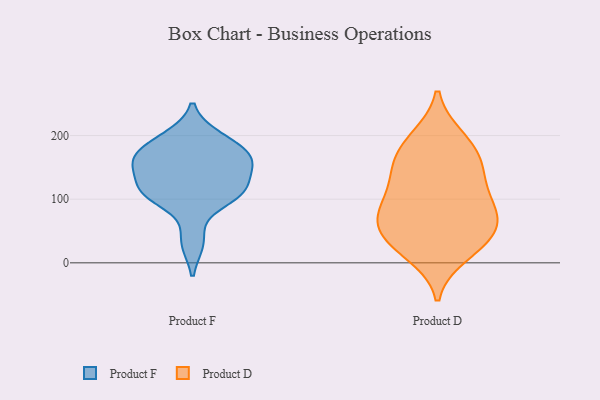
{"axis": {"x": "Backlog", "y": "Value"}, "legend": ["Product D", "Product F"], "data": [{"x": "", "y": 158, "type": "Product F"}, {"x": "", "y": 155, "type": "Product F"}, {"x": "", "y": 166, "type": "Product F"}, {"x": "", "y": 109, "type": "Product F"}, {"x": "", "y": 197, "type": "Product F"}, {"x": "", "y": 115, "type": "Product F"}, {"x": "", "y": 157, "type": "Product F"}, {"x": "", "y": 187, "type": "Product F"}, {"x": "", "y": 110, "type": "Product F"}, {"x": "", "y": 33, "type": "Product F"}, {"x": "", "y": 107, "type": "Product F"}, {"x": "", "y": 19, "type": "Product D"}, {"x": "", "y": 97, "type": "Product D"}, {"x": "", "y": 12, "type": "Product D"}, {"x": "", "y": 103, "type": "Product D"}, {"x": "", "y": 72, "type": "Product D"}, {"x": "", "y": 78, "type": "Product D"}, {"x": "", "y": 154, "type": "Product D"}, {"x": "", "y": 77, "type": "Product D"}, {"x": "", "y": 169, "type": "Product D"}, {"x": "", "y": 197, "type": "Product D"}, {"x": "", "y": 130, "type": "Product D"}, {"x": "", "y": 60, "type": "Product D"}, {"x": "", "y": 136, "type": "Product D"}, {"x": "", "y": 163, "type": "Product D"}, {"x": "", "y": 198, "type": "Product D"}, {"x": "", "y": 34, "type": "Product D"}, {"x": "", "y": 47, "type": "Product D"}, {"x": "", "y": 45, "type": "Product D"}]}